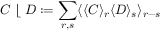
C \; \lfloor \; D : = \sum _ { r , s } \langle \langle C \rangle _ { r } \langle D \rangle _ { s } \rangle _ { r - s }